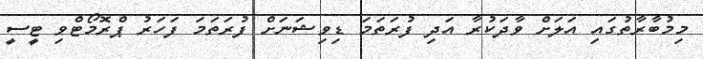
މިމުބާރާތުގައި އަލަށް ވާދަކުރާ އަދި ފުރަތަމަ ޑިވިޝަނަށް ފުރަތަމަ ފަހަރު ޕްރޮމޯޓްވި ޓީސީ